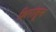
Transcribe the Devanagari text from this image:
शिरांतून